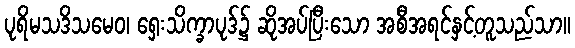
ပုရိမသဒိသမေဝ၊ ရှေးသိက္ခာပုဒ်၌ ဆိုအပ်ပြီးသော အစီအရင်နှင့်တူသည်သာ။